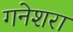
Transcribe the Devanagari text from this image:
गनेशरा